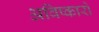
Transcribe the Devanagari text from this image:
अविष्कारो